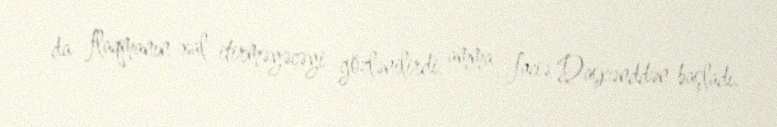
da flaqmanın xal itirməyəcəyi gözlənilirdi, amma faciə Daşkənddən başladı.